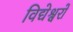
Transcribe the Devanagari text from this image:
विद्येश्वरों